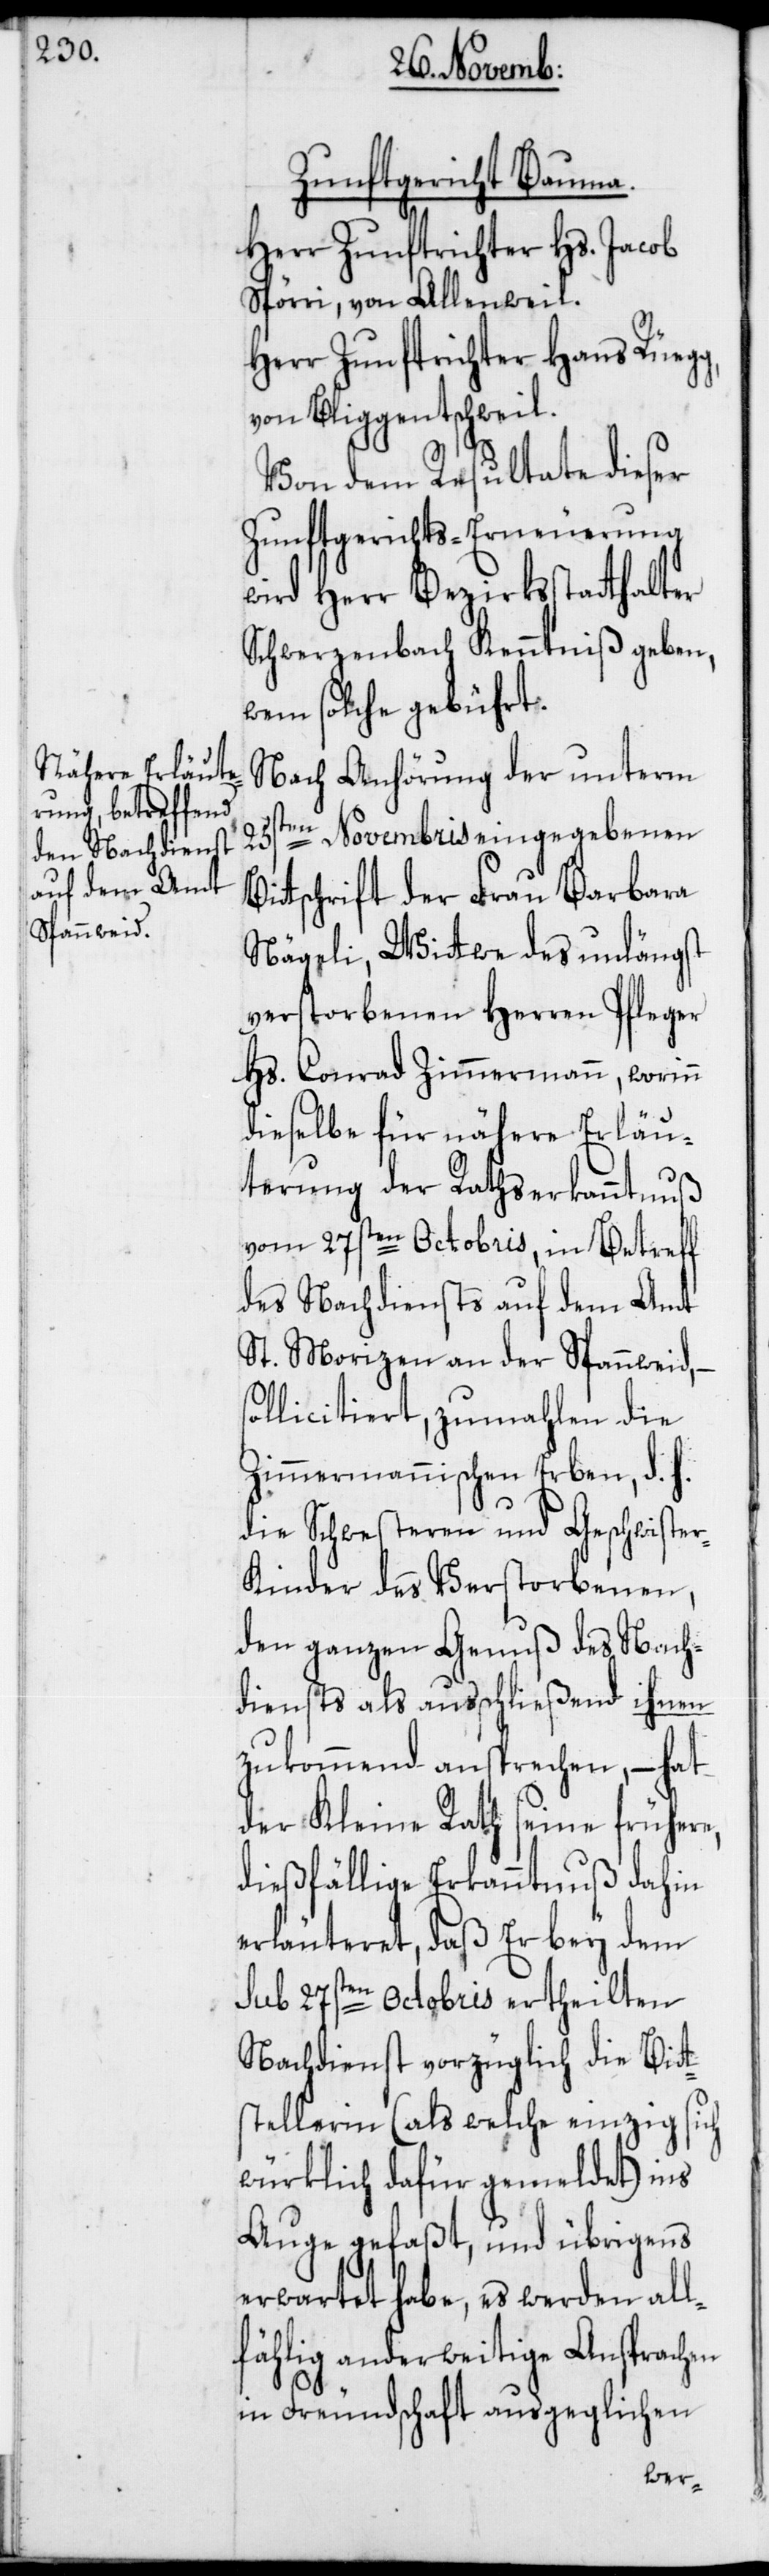
Zunftgericht Bauma.
Herr Zunftrichter Hs. Jacob
Spörri, von Allenweil.
Herr Zunftrichter Hans Rüegg,
von Bliggentschweil.
Von dem Resultate dieser
Zunftgerichts-Erneuerung
wird Herr Bezirksstatthalter
Schwerzenbach Kenntniß geben,
wem solche gebührt.
Nach Anhörung der unterm
25sten Novembris eingegebenen
ttschrift der Frau Barbara
Nägeli, Wittwe des unlängst
verstorbenen Herren Pfleger
Hs. Conrad Zimmermann, worinn
dieselbe für nähere Erläu¬
terung der Rathserkanntnuß
vom 27sten Octobris, in Betreff
des Nachdiensts auf dem Amt
St. Morizen an der Spannweid, –
sollicitiert, zumahlen die
Zimmermannischen Erben, d. h.
die Schwesteren und Geschwiste¬
r-Kinder des Verstorbenen,
den ganzen Genuß des Nach¬
diensts als ausschließend ihnen
zukommend ansprechen, – hat
der Kleine Rath seine frühere,
dießfällige Erkanntnuß dahin
erläuteret, daß Er bey dem
sub 27sten Octobris ertheilten
Nachdienst vorzüglich die Bitt¬
stellerin (als welche einzig sich
würklich dafür gemeldet) ins
Auge gefaßt, und übrigens
erwartet habe, es werden all¬
fählig anderweitige Ansprachen
in Freundschaft ausgeglichen
Bi¬